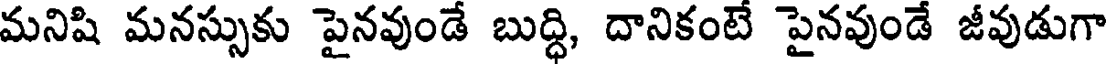
మనిషి మనస్సుకు పైనవుండే బుద్ధి, దానికంటే పైనవుండే జీవుడుగా